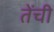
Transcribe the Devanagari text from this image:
तेंची